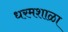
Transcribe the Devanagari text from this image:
धरमशाळा